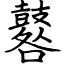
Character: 鼛